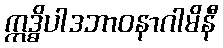
ဣဒ္ဓိပါဒဘာဝနာဂါမိနီ